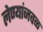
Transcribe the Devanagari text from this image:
लेण्यांजवळ